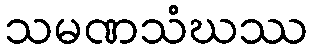
သမဏသံဃဿ